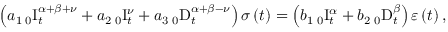
\left( a _ { 1 } \, _ { 0 } \mathrm { I } _ { t } ^ { \alpha + \beta + \nu } + a _ { 2 } \, _ { 0 } \mathrm { I } _ { t } ^ { \nu } + a _ { 3 } \, _ { 0 } \mathrm { D } _ { t } ^ { \alpha + \beta - \nu } \right) \sigma \left( t \right) = \left( b _ { 1 } \, _ { 0 } \mathrm { I } _ { t } ^ { \alpha } + b _ { 2 } \, _ { 0 } \mathrm { D } _ { t } ^ { \beta } \right) \varepsilon \left( t \right) ,